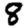
Digit: 8